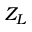
Z _ { L }